Civil Veterinary Department. Madras. Admin. report 1926-33 - 1926-1933
Year: 1926
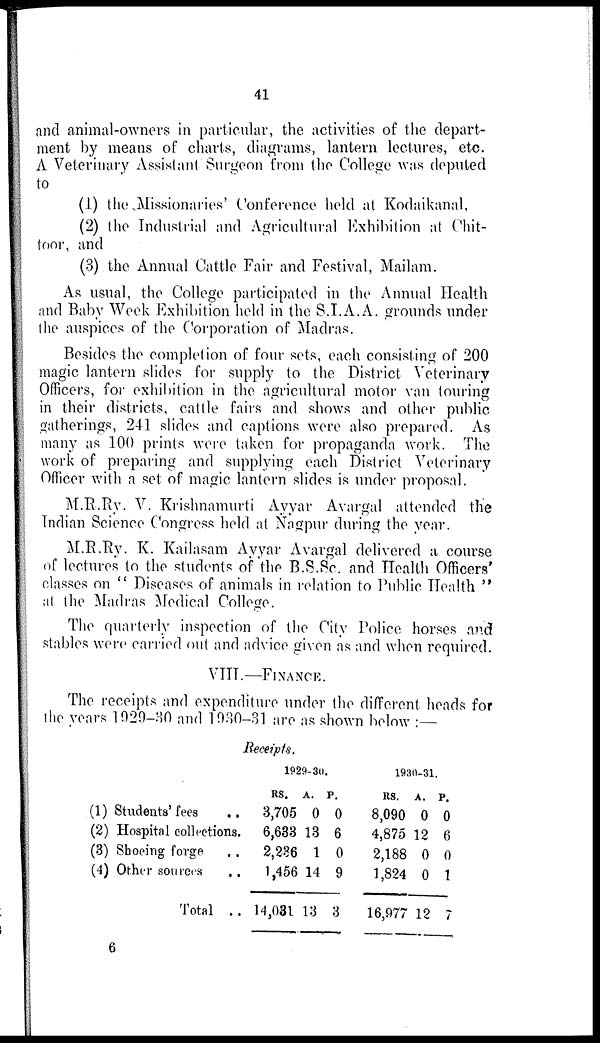
41
and animal-owners in particular, the activities of the depart-
ment by means of charts, diagrams, lantern lectures, etc.
A Veterinary Assistant Surgeon from the College was deputed
to
(1) the Missionaries' Conference held at Kodaikanal,
(2) the Industrial and Agricultural Exhibition at Chit-
toor, and
(3) the Annual Cattle Fair and Festival, Mailam.
As usual, the College participated in the Annual Health
and Baby Week Exhibition held in the S.I.A.A. grounds under
the auspices of the Corporation of Madras.
Besides the completion of four sets, each consisting of 200
magic lantern slides for supply to the District Veterinary
Officers, for exhibition in the agricultural motor van touring
in their districts, cattle fairs and shows and other public
gatherings, 241 slides and captions were also prepared. As
many as 100 prints were taken for propaganda work. The
work of preparing and supplying each District Veterinary
Officer with a set of magic lantern slides is under proposal.
M.R.Ry. V. Krishnamurti Ayyar Avargal attended the
Indian Science Congress held at Nagpur during the year.
M.R.Ry. K. Kailasam Ayyar Avargal delivered a course
of lectures to the students of the B.S.Sc. and Health Officers'
classes on " Diseases of animals in relation to Public Health "
at the Madras Medical College.
The quarterly inspection of the City Police horses and
stables were carried out and advice given as and when required.
VIII.—FINANCE.
The receipts and expenditure under the different heads for
the years 1929-30 and 1930-31 are as shown below :—
Receipts.
(1) Students' fees ..
(2) Hospital collections.
(3) Shoeing forge ..
(4) Other sources
..
Total ..
1929-30.
Rs.
3,705
6,633
2,236
1,456
14,031
A.
0
13
1
14
13
P.
0
6
0
9
3
1930-31.
Rs.
8,090
4,875
2,188
1,824
16,977
A.
0
12
0
0
12
P.
0
6
0
1
7
6